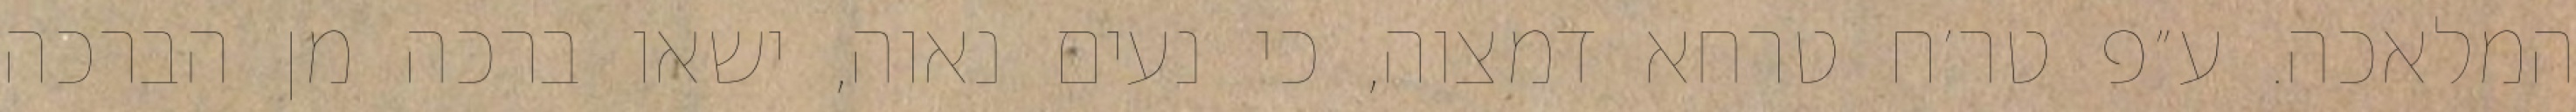
המלאכה. ע״פ טר׳ח טרחא דמצוה, כי נעים נאוה, ישאו ברכה מן הברכה